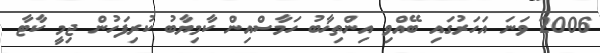
2006 ވަނަ އަހަރުގައި ބޭއްވި އިންތިޚާބު ހަމާސްއިން ކާމިޔާބު ކުރިފަހުން ޖިމީ ކާޓާ